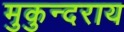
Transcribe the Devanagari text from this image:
मुकुन्दराय